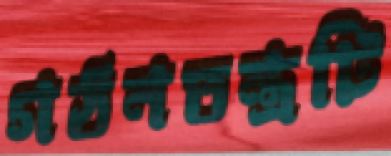
গঠনতন্ত্রটি